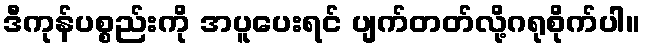
ဒီကုန်ပစ္စည်းကို အပူပေးရင် ပျက်တတ်လို့ဂရုစိုက်ပါ။